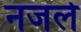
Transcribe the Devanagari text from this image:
नजले